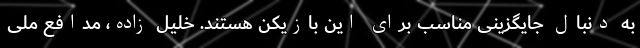
به دنبال جایگزینی مناسب برای این بازیکن هستند. خلیل زاده، مدافع ملی